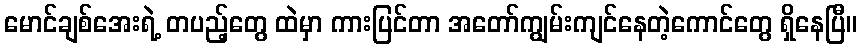
မောင်ချစ်အေးရဲ့ တပည့်တွေ ထဲမှာ ကားပြင်တာ အတော်ကျွမ်းကျင်နေတဲ့ကောင်တွေ ရှိနေပြီ။